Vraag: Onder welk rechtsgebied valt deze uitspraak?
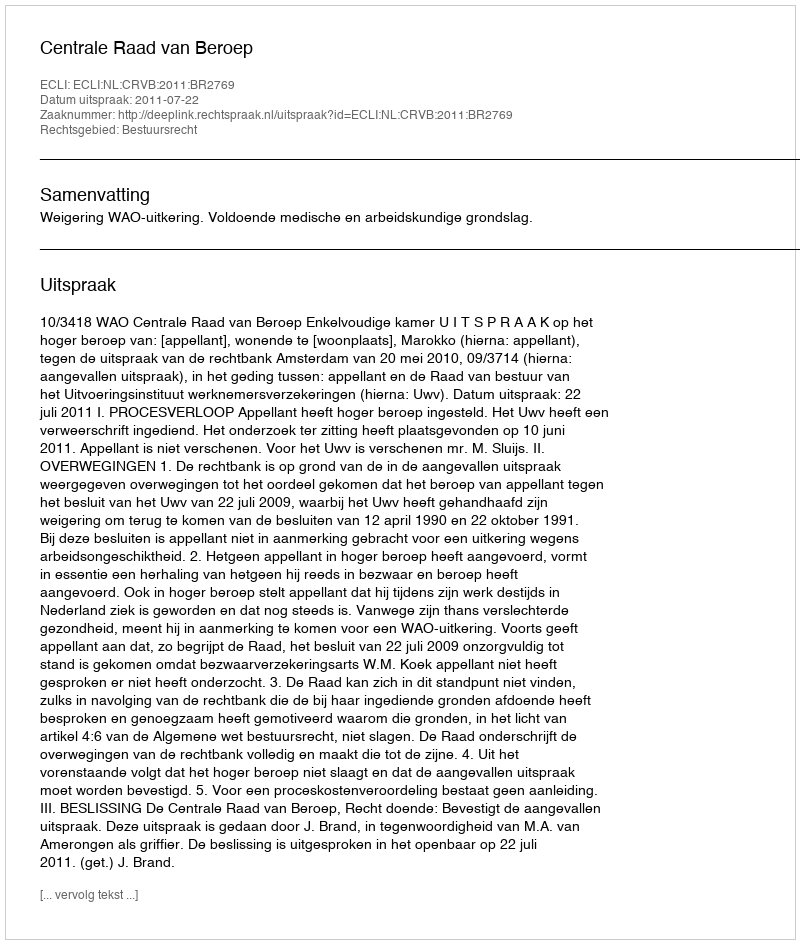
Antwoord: Bestuursrecht